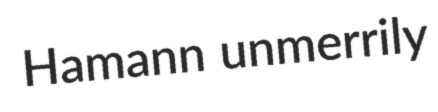
Hamann unmerrily